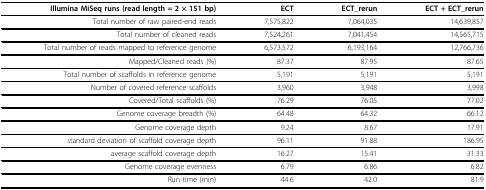
<table><thead><tr><td><b>Illumina MiSeq runs (read length = 2 × 151 bp) </b></td><td><b>ECT</b></td><td><b>ECT_rerun</b></td><td><b>ECT + ECT_rerun</b></td></tr></thead><tbody><tr><td>Total number of raw paired-end reads</td><td>7,575,822</td><td>7,064,035</td><td>14,639,857</td></tr><tr><td>Total number of cleaned reads</td><td>7,524,261</td><td>7,041,454</td><td>14,565,715</td></tr><tr><td>Total number of reads mapped to reference genome</td><td>6,573,572</td><td>6,193,164</td><td>12,766,736</td></tr><tr><td>Mapped/Cleaned reads (%)</td><td>87.37</td><td>87.95</td><td>87.65</td></tr><tr><td>Total number of scaffolds in reference genome</td><td>5,191</td><td>5,191</td><td>5,191</td></tr><tr><td>Number of covered reference scaffolds</td><td>3,960</td><td>3,948</td><td>3,998</td></tr><tr><td>Covered/Total scaffolds (%)</td><td>76.29</td><td>76.05</td><td>77.02</td></tr><tr><td>Genome coverage breadth (%)</td><td>64.48</td><td>64.32</td><td>66.12</td></tr><tr><td>Genome coverage depth</td><td>9.24</td><td>8.67</td><td>17.91</td></tr><tr><td>standard deviation of scaffold coverage depth</td><td>96.11</td><td>91.88</td><td>186.95</td></tr><tr><td>average scaffold coverage depth</td><td>16.27</td><td>15.41</td><td>31.33</td></tr><tr><td>Genome coverage evenness</td><td>6.79</td><td>6.86</td><td>6.82</td></tr><tr><td>Run time (min)</td><td>44.6</td><td>42.0</td><td>81.9</td></tr></tbody></table>